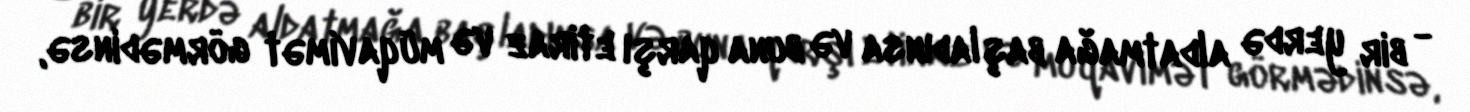
- bir yerdə aldatmağa başladınsa və buna qarşı etiraz və müqavimət görmədinsə,